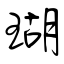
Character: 瑚